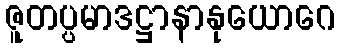
ဇူတပ္ပမာဒဋ္ဌာနာနုယောဂေ